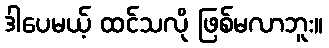
ဒါပေမယ့် ထင်သလို ဖြစ်မလာဘူး။